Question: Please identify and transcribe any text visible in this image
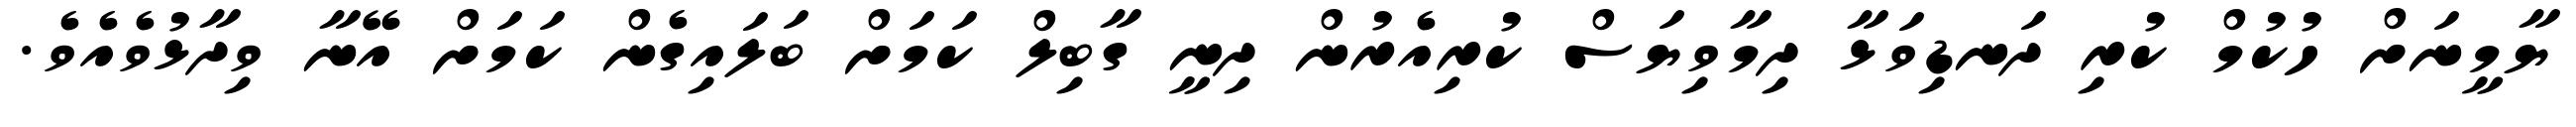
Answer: ޔާމީނަށް ހުކުމް ކުރި ދަނޑިވަޅާ ދިމާވިޔަސް ކުރިއެރުން ދިނީ ގާބިލް ކަމަށް ބަލައިގެން ކަމަށް އޭނާ ވިދާޅުވެއެވެ.